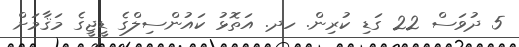
5 ދުވަސް 22 ގަޑި ކުރިން. ހދ. އަތޮޅު ކައުންސިލްގެ ޑީޖީގެ މަޤާމަށް